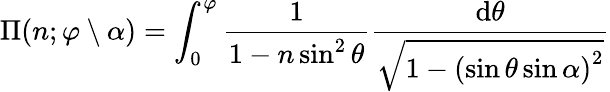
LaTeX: \Pi(n;\varphi\setminus\alpha)=\int_{0}^{\varphi}{\frac{1}{1-n\sin^{2}\theta}}{\frac{\mathrm{d}\theta}{\sqrt{1-\left(\sin\theta\sin\alpha\right)^{2}}}}